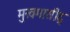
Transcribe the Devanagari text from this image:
मुखमासीद्